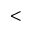
<